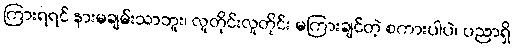
ကြားရရင် နားမချမ်းသာဘူး၊ လူတိုင်းလူတိုင်း မကြားချင်တဲ့ စကားပါပဲ၊ ပညာရှိ